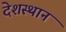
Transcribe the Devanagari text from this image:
देशस्थान